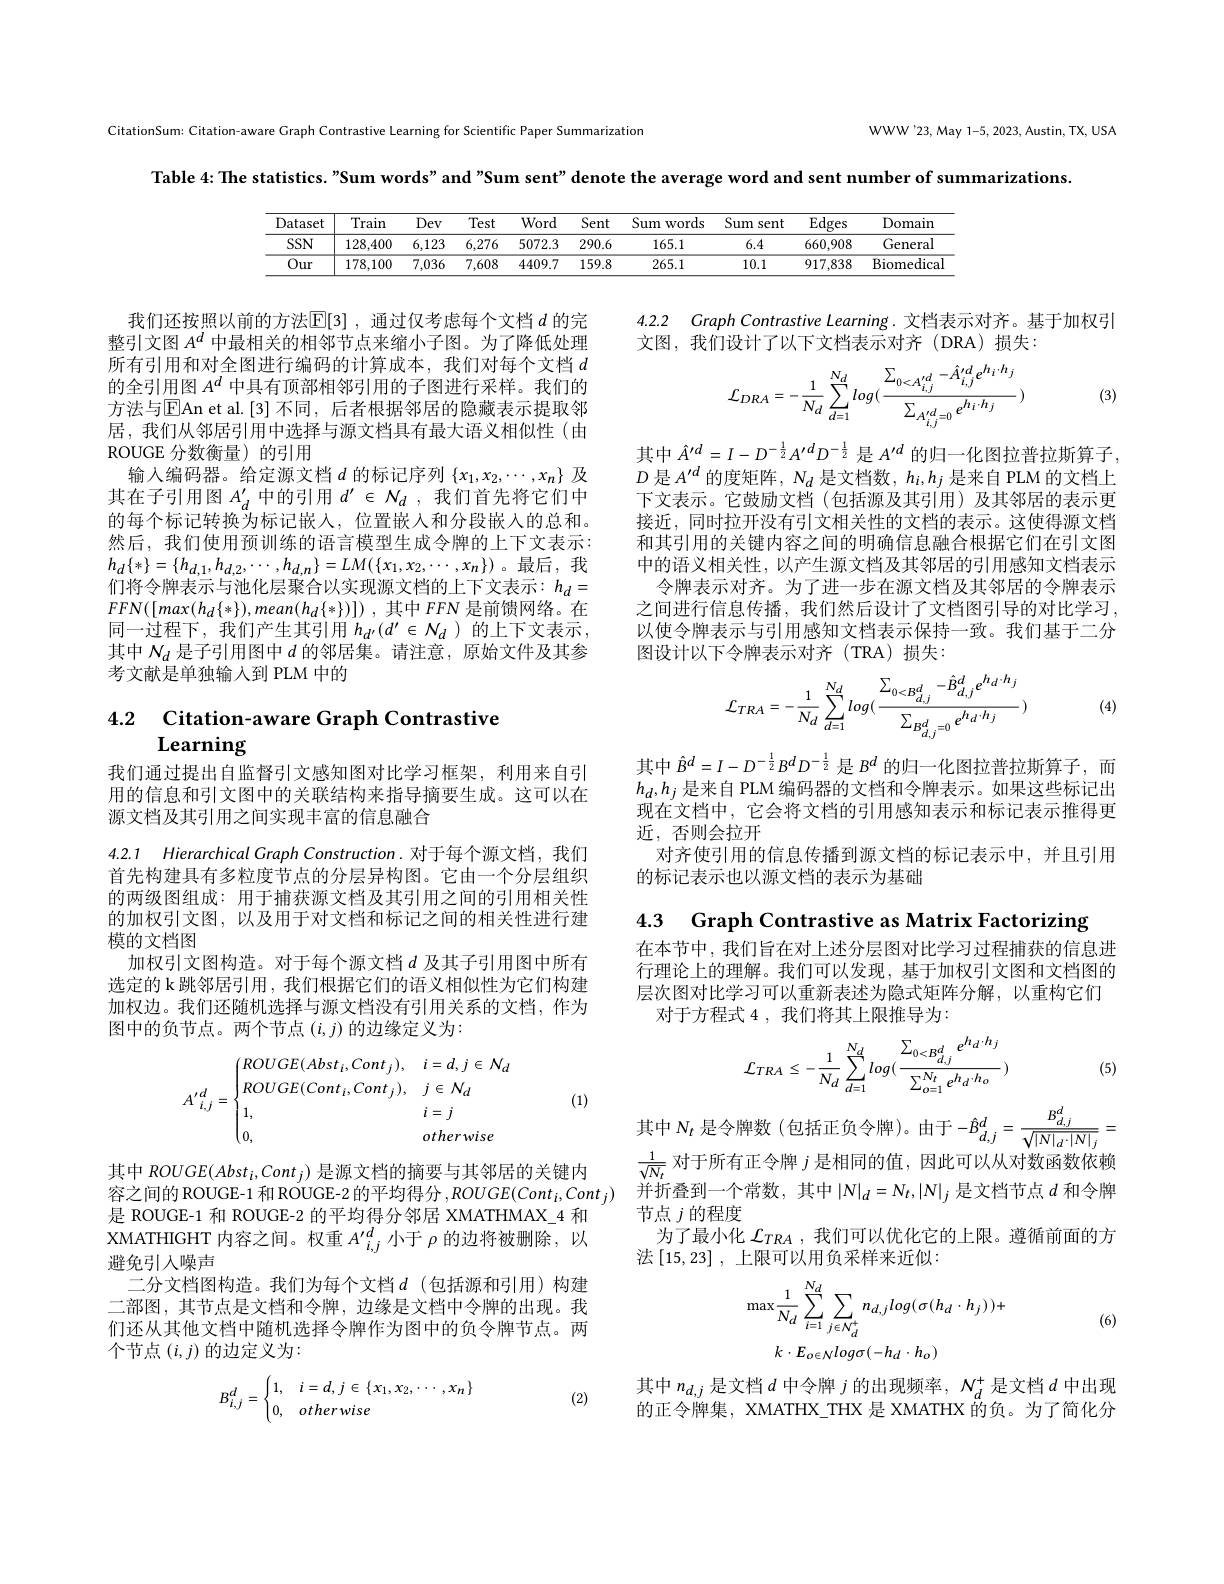
CitationSum: Citation-aware Graph Contrastive Learning for Scientific Paper Summarization

WWW'23, May 1-5, 2023, Austin, TX, USA

Table 4: The statistics. "Sum words" and "Sum sent" denote the average word and sent number of summarizations.

<table>
	<tbody>
		<tr>
			<th>Dataset</th>
			<th>Train</th>
			<th>Dev</th>
			<th>Test</th>
			<th>Nord</th>
			<th>$ıt$ Sum 1 word</th>
			<th>Sum sent</th>
			<th>Edges</th>
			<th>Domain</th>
		</tr>
		<tr>
			<td>$SSN$</td>
			<td>128,400</td>
			<td>6,123</td>
			<td>6,276</td>
			<td>072.3 2</td>
			<td>.6 165.1</td>
			<td>6.4</td>
			<td>660,908</td>
			<td>General</td>
		</tr>
		<tr>
			<td>Our</td>
			<td>178,100</td>
			<td>7,036</td>
			<td>7,608</td>
			<td>409.7 1</td>
			<td>.8 265.1</td>
			<td>10.1</td>
			<td>917,838</td>
			<td>Biomedica</td>
		</tr>
	</tbody>
</table>

4.2.2 Graph Contrastive Learning. 文档表示对齐。基于加权弓

文图，我们设计了以下文档表示对齐(DRA)损失：
$$\mathcal{L}_{DRA}=-\frac{1}{N_{d}}\sum_{d=1}^{N_{d}}log(\frac{\sum_{0<A_{i,j}^{\prime d}}-\hat{A}_{i,j}^{\prime d}e^{h_{i}\cdot h_{j}}}{\sum_{A_{i,j}^{\prime d}=0}e^{h_{i}\cdot h_{j}}})$$
(3)

我们还按照以前的方法$\mathbb{E}[3]$ ,通过仅考虑每个文档 $d$ 的完整引文图$A^d$中最相关的相邻节点来缩小子图。为了降低处理所有引用和对全图进行编码的计算成本，我们对每个文档$d$ 的全引用图$A^d$中具有顶部相邻引用的子图进行采样。我们的方法与$\overline{\mathrm{E}}$An et al.[3] 不同，后者根据邻居的隐藏表示提取邻居，我们从邻居引用中选择与源文档具有最大语义相似性(由ROUGE 分数衡量)的引用
输入编码器。给定源文档$d$的标记序列$\{x_1,x_2,\cdots,x_n\}$及其在子引用图$A_d^{\prime}$中的引用$d^\prime\in N_d$ ,我们首先将它们中的每个标记转换为标记嵌入，位置嵌人和分段嵌入的总和。然后，我们使用预训练的语言模型生成令牌的上下文表示： $h_{d}\{*\}=\{h_{d,1},h_{d,2},\cdots,h_{d,n}\}=LM(\{x_{1},x_{2},\cdots,x_{n}\})$。最后，我们将令牌表示与池化层聚合以实现源文档的上下文表示：$h_d=$ $FFN([max(h_d\{\ast\}),mean(h_d\{\ast\})])$,其中$FFN$是前馈网络。在同一过程下，我们产生其引用$h_d^{\prime}(d^{\prime}\in\mathcal{N}_d)$的上下文表示， 其中$N_d$是子引用图中$d$的邻居集。请注意，原始文件及其参考文献是单独输入到 PLM 中的

其中$\hat{A}^{\prime d}=I-D^{-\frac12}A^{\prime}dD^{-\frac12}$是$A^{\prime d}$的归一化图拉普拉斯算子， $D$是$A^\prime d$的度矩阵，$N_d$是文档数$,h_i,h_j$是来自 PLM 的文档上下文表示。它鼓励文档(包括源及其引用)及其邻居的表示更接近，同时拉开没有引文相关性的文档的表示。这使得源文档和其引用的关键内容之间的明确信息融合根据它们在引文图中的语义相关性，以产生源文档及其邻居的引用感知文档表示
令牌表示对齐。为了进一步在源文档及其邻居的令牌表示之间进行信息传播，我们然后设计了文档图引导的对比学习， 以使令牌表示与引用感知文档表示保持一致。我们基于二分图设计以下令牌表示对齐(TRA)损失：
$$\mathcal{L}_{TRA}=-\frac{1}{N_{d}}\sum_{d=1}^{N_{d}}log(\frac{\sum_{0<B_{d,j}^{d}}-\hat{B}_{d,j}^{d}e^{h_{d}\cdot h_{j}}}{\sum_{B_{d,j}^{d}=0}e^{h_{d}\cdot h_{j}}})$$
(4)

# $\begin{array}{ll}{4.2}&{\text{Citation-aware Graph Contrastive}}\\{\textbf{Learning}}\end{array}$

我们通过提出自监督引文感知图对比学习框架，利用来自引用的信息和引文图中的关联结构来指导摘要生成。这可以在源文档及其引用之间实现丰富的信息融合

其中$\hat{B}^d=I-D^{-\frac12}B^dD^{-\frac12}$是$B^d$的归一化图拉普拉斯算子，而$h_d,h_j$是来自 PLM 编码器的文档和令牌表示。如果这些标记出现在文档中，它会将文档的引用感知表示和标记表示推得更近，否则会拉开
对齐使引用的信息传播到源文档的标记表示中，并且引用
的标记表示也以源文档的表示为基础

4.3 Graph Contrastive as Matrix Factorizing

4.2.1 Hierarchical Graph Construction.对于每个源文档，我们首先构建具有多粒度节点的分层异构图。它由一个分层组织的两级图组成：用于捕获源文档及其引用之间的引用相关性的加权引文图，以及用于对文档和标记之间的相关性进行建模的文档图
加权引文图构造。对于每个源文档$d$及其子引用图中所有选定的 k 跳邻居引用，我们根据它们的语义相似性为它们构建加权边。我们还随机选择与源文档没有引用关系的文档，作为图中的负节点。两个节点$(i,j)$的边缘定义为：

在本节中，我们旨在对上述分层图对比学习过程捕获的信息进行理论上的理解。我们可以发现，基于加权引文图和文档图的层次图对比学习可以重新表述为隐式矩阵分解，以重构它们
对于方程式 4 , 我们将其上限推导为：
$$\mathcal{L}_{TRA}\leq-\frac{1}{N_{d}}\sum_{d=1}^{N_{d}}log(\frac{\sum_{0<B_{d,j}^{d}}e^{h_{d}\cdot h_{j}}}{\sum_{o=1}^{N_{t}}e^{h_{d}\cdot h_{o}}})$$
(5)
$$A'_{i,j}^d=\begin{cases}ROUGE(Abst_i,Cont_j),&i=d,j\in\mathcal{N}_d\\ROUGE(Cont_i,Cont_j),&j\in\mathcal{N}_d\\1,&i=j\\0,&otherwise\end{cases}$$
(1)

其中$N_t$是令牌数(包括正负令牌)。由于$-\hat{B}_d,j^d=\frac{B_{d,j}^d}{\sqrt{|N|_d\cdot|N|_j}}=$
$\frac{1}{\sqrt{N}}$对于所有正令牌$j$是相同的值，因此可以从对数函数依赖
容之间的 ROUGE-1 和 ROUGE-2 的平均得分$, ROUGE( Cont_i, Cont_j)$ 并折叠到一个常数，其中$|\mathcal{N}|_d=N_t,|\mathcal{N}|_j$是文档节点$d$和令牌
节点$j$的程度
为了最小化$\mathcal{L}_{TRA}$ ,我们可以优化它的上限。遵循前面的方
法$\left[15,23\right]$,上限可以用负采样来近似：

其中 ROUGE(Absti,Contj) 是源文档的摘要与其邻居的关键内是 ROUGE-1 和 ROUGE-2 的平均得分邻居 XMATHMAX\_4 和XMATHIGHT 内容之间。权重$A_i,j^{\prime d}$小于$\rho$的边将被删除，以避免引入噪声
二分文档图构造。我们为每个文档$d$(包括源和引用)构建二部图，其节点是文档和令牌，边缘是文档中令牌的出现。我们还从其他文档中随机选择令牌作为图中的负令牌节点。两个节点$(i,j)$的边定义为：

(6)
$$\begin{aligned}&\max\frac{1}{N_{d}}\sum_{i=1}^{N_{d}}\sum_{j\in N_{d}^{+}}n_{d,j}log(\sigma(h_{d}\cdot h_{j}))+\\&k\cdot E_{o\in\mathcal{N}}log\sigma(-h_{d}\cdot h_{o})\end{aligned}$$
(2)
$$B_{i,j}^d=\begin{cases}1,&i=d,j\in\{x_1,x_2,\cdots,x_n\}\\0,&otherwise\end{cases}$$
其中$n_d,j$是文档$d$中令牌$j$的出现频率，$N_d^+$是文档$d$中出现的正令牌集，XMATHX\_THX 是 XMATHX 的负。为了简化分